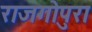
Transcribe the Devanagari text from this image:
राजगोपुरा